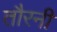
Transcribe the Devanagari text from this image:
तौरनी